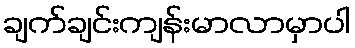
ချက်ချင်းကျန်းမာလာမှာပါ